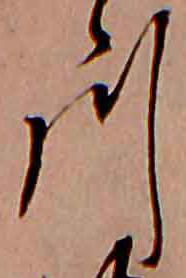
川